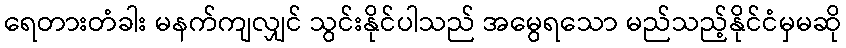
ရေတားတံခါး မနက်ကျလျှင် သွင်းနိုင်ပါသည် အမွေရသော မည်သည့်နိုင်ငံမှမဆို